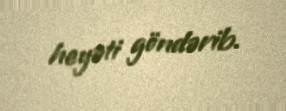
heyəti göndərib.